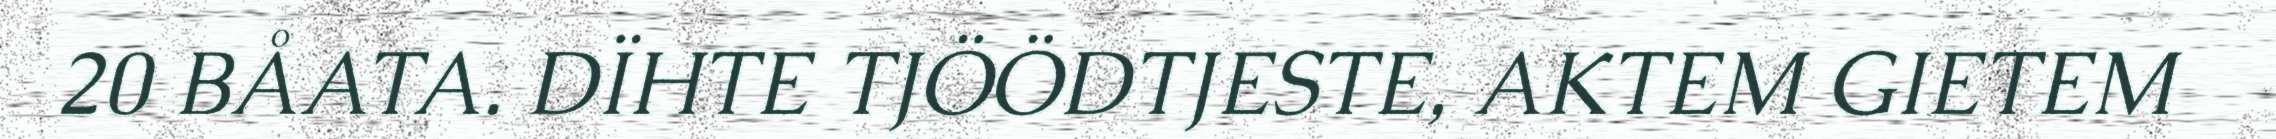
20 BÅATA. DÏHTE TJÖÖDTJESTE, AKTEM GIETEM